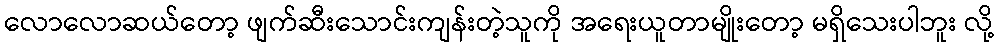
လောလောဆယ်တော့ ဖျက်ဆီးသောင်းကျန်းတဲ့သူကို အရေးယူတာမျိုးတော့ မရှိသေးပါဘူး လို့